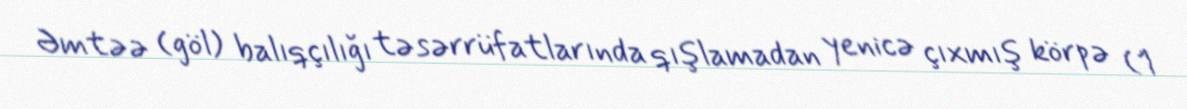
Əmtəə (göl) balıqçılığı təsərrüfatlarında qışlamadan yenicə çıxmış körpə (1